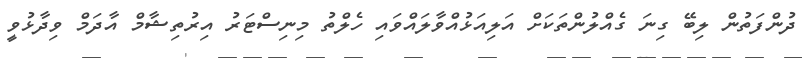
ދުންފަތުން ލިބޭ ގިނަ ގެެއްލުންތަކަށް އަލިއަޅުއްވާލައްވައި ހެލްތު މިނިސްޓަރު އިރުތިޝާމް އާދަމް ވިދާޅުވީ